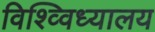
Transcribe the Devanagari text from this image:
विश्व्विध्यालय